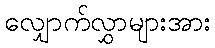
လျှောက်လွှာများအား